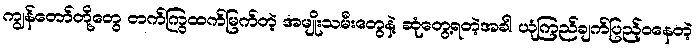
ကျွန်တော်တို့တွေ တက်ကြွထက်မြက်တဲ့ အမျိုးသမီးတွေနဲ့ ဆုံတွေ့ရတဲ့အခါ ယုံကြည်ချက်ပြည့်ဝနေတဲ့